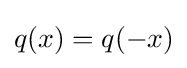
q(x)=q(-x)